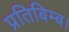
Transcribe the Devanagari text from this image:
प्रतिबिम्ब।